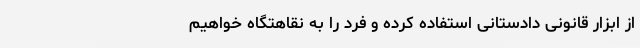
از ابزار قانونی دادستانی استفاده کرده و فرد را به نقاهتگاه خواهیم